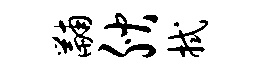
黼腴拭